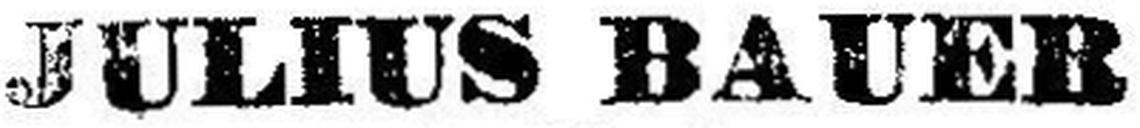
JULIUS BAUER